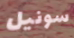
سونيل